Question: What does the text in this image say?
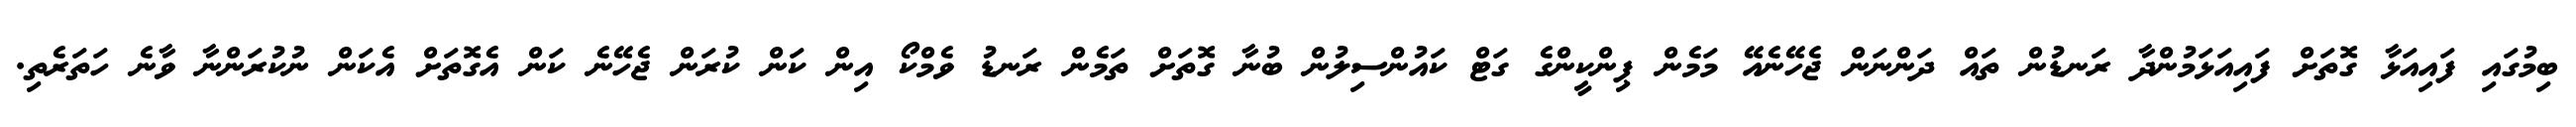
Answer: ބިމުގައި ފައިއަޅާ ގޮތަށް ފައިއަޅަމުންދާ ރަނޑުން ތައް ދަންނަން ޖެހޭނެއޭ މަމެން ޕިންކީންގެ ގަޓް ކައުންސިލުން ބުނާ ގޮތަށް ތަމެން ރަނޑު ވެމްކޯ އިން ކަން ކުރަން ޖެހޭނެ ކަން އެގޮތަށް އެކަން ނުކުރަންނާ ވާނެ ހަތަރެތި.